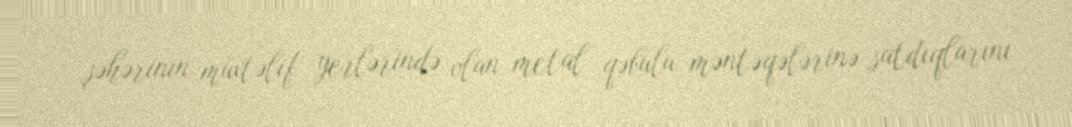
şəhərinin müxtəlif yerlərində olan metal qəbulu məntəqələrinə satdıqlarını